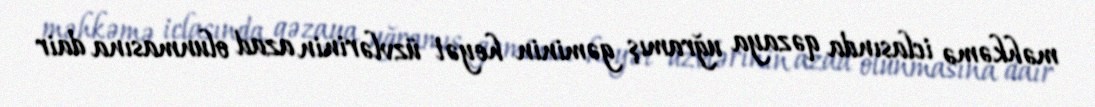
məhkəmə iclasında qəzaya uğramış gəminin heyət üzvlərinin azad olunmasına dair